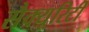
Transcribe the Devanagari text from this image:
सैक्यूरिटी